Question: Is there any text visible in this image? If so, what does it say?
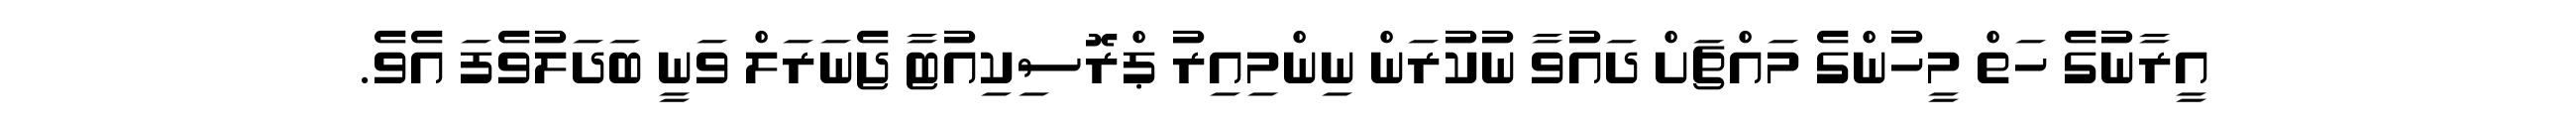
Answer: އީރާނުގެ ހަތް މީހުންގެ މައްޗަށް ދައުވާ ނުކުރަން ނިންމިއިރު ޕްރޮސިކިއުޓާ ޖެނަރަލް ވަނީ ބަދަލުވެފަ އެވެ.